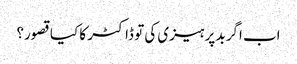
اب اگر بد پرہیزی کی تو ڈاکٹر کا کیا قصور؟